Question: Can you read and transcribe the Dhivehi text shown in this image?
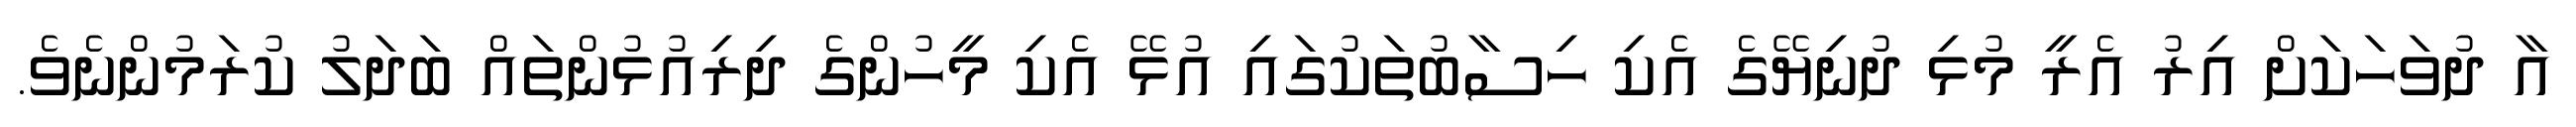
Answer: އާ ދުވަހަކަށް އިރު އެރީ މުޅި ދުނިޔޭގެ އެކި ހިސާބުތަކުގައި އުޅޭ އެކި މީހުންގެ ދިރިއުޅުންތައް ބަދަލު ކުރަމުންނެވެ.